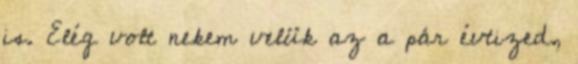
is. Elég volt nekem velük az a pár évtized,